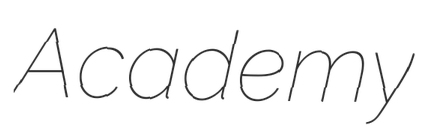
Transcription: Academy